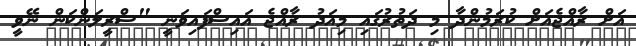
އަށް ރާއްޖެއަށް ކުރަމުންދާ މި ދަތުރުގައި މިއަދު ރާއްޖެ އައިސްފައިވަނީ "ސްރީލަންކަން ނޭވީ